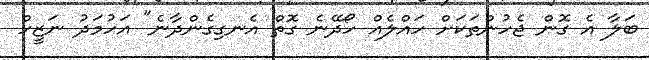
ބަލާ އެ ގޮން ޖެހުންތަކަށް ހައްލެއް ހޯދޭނެ ގޮތް އެނގިގެންދާނެ" އަހުމަދު ނަޒީހް